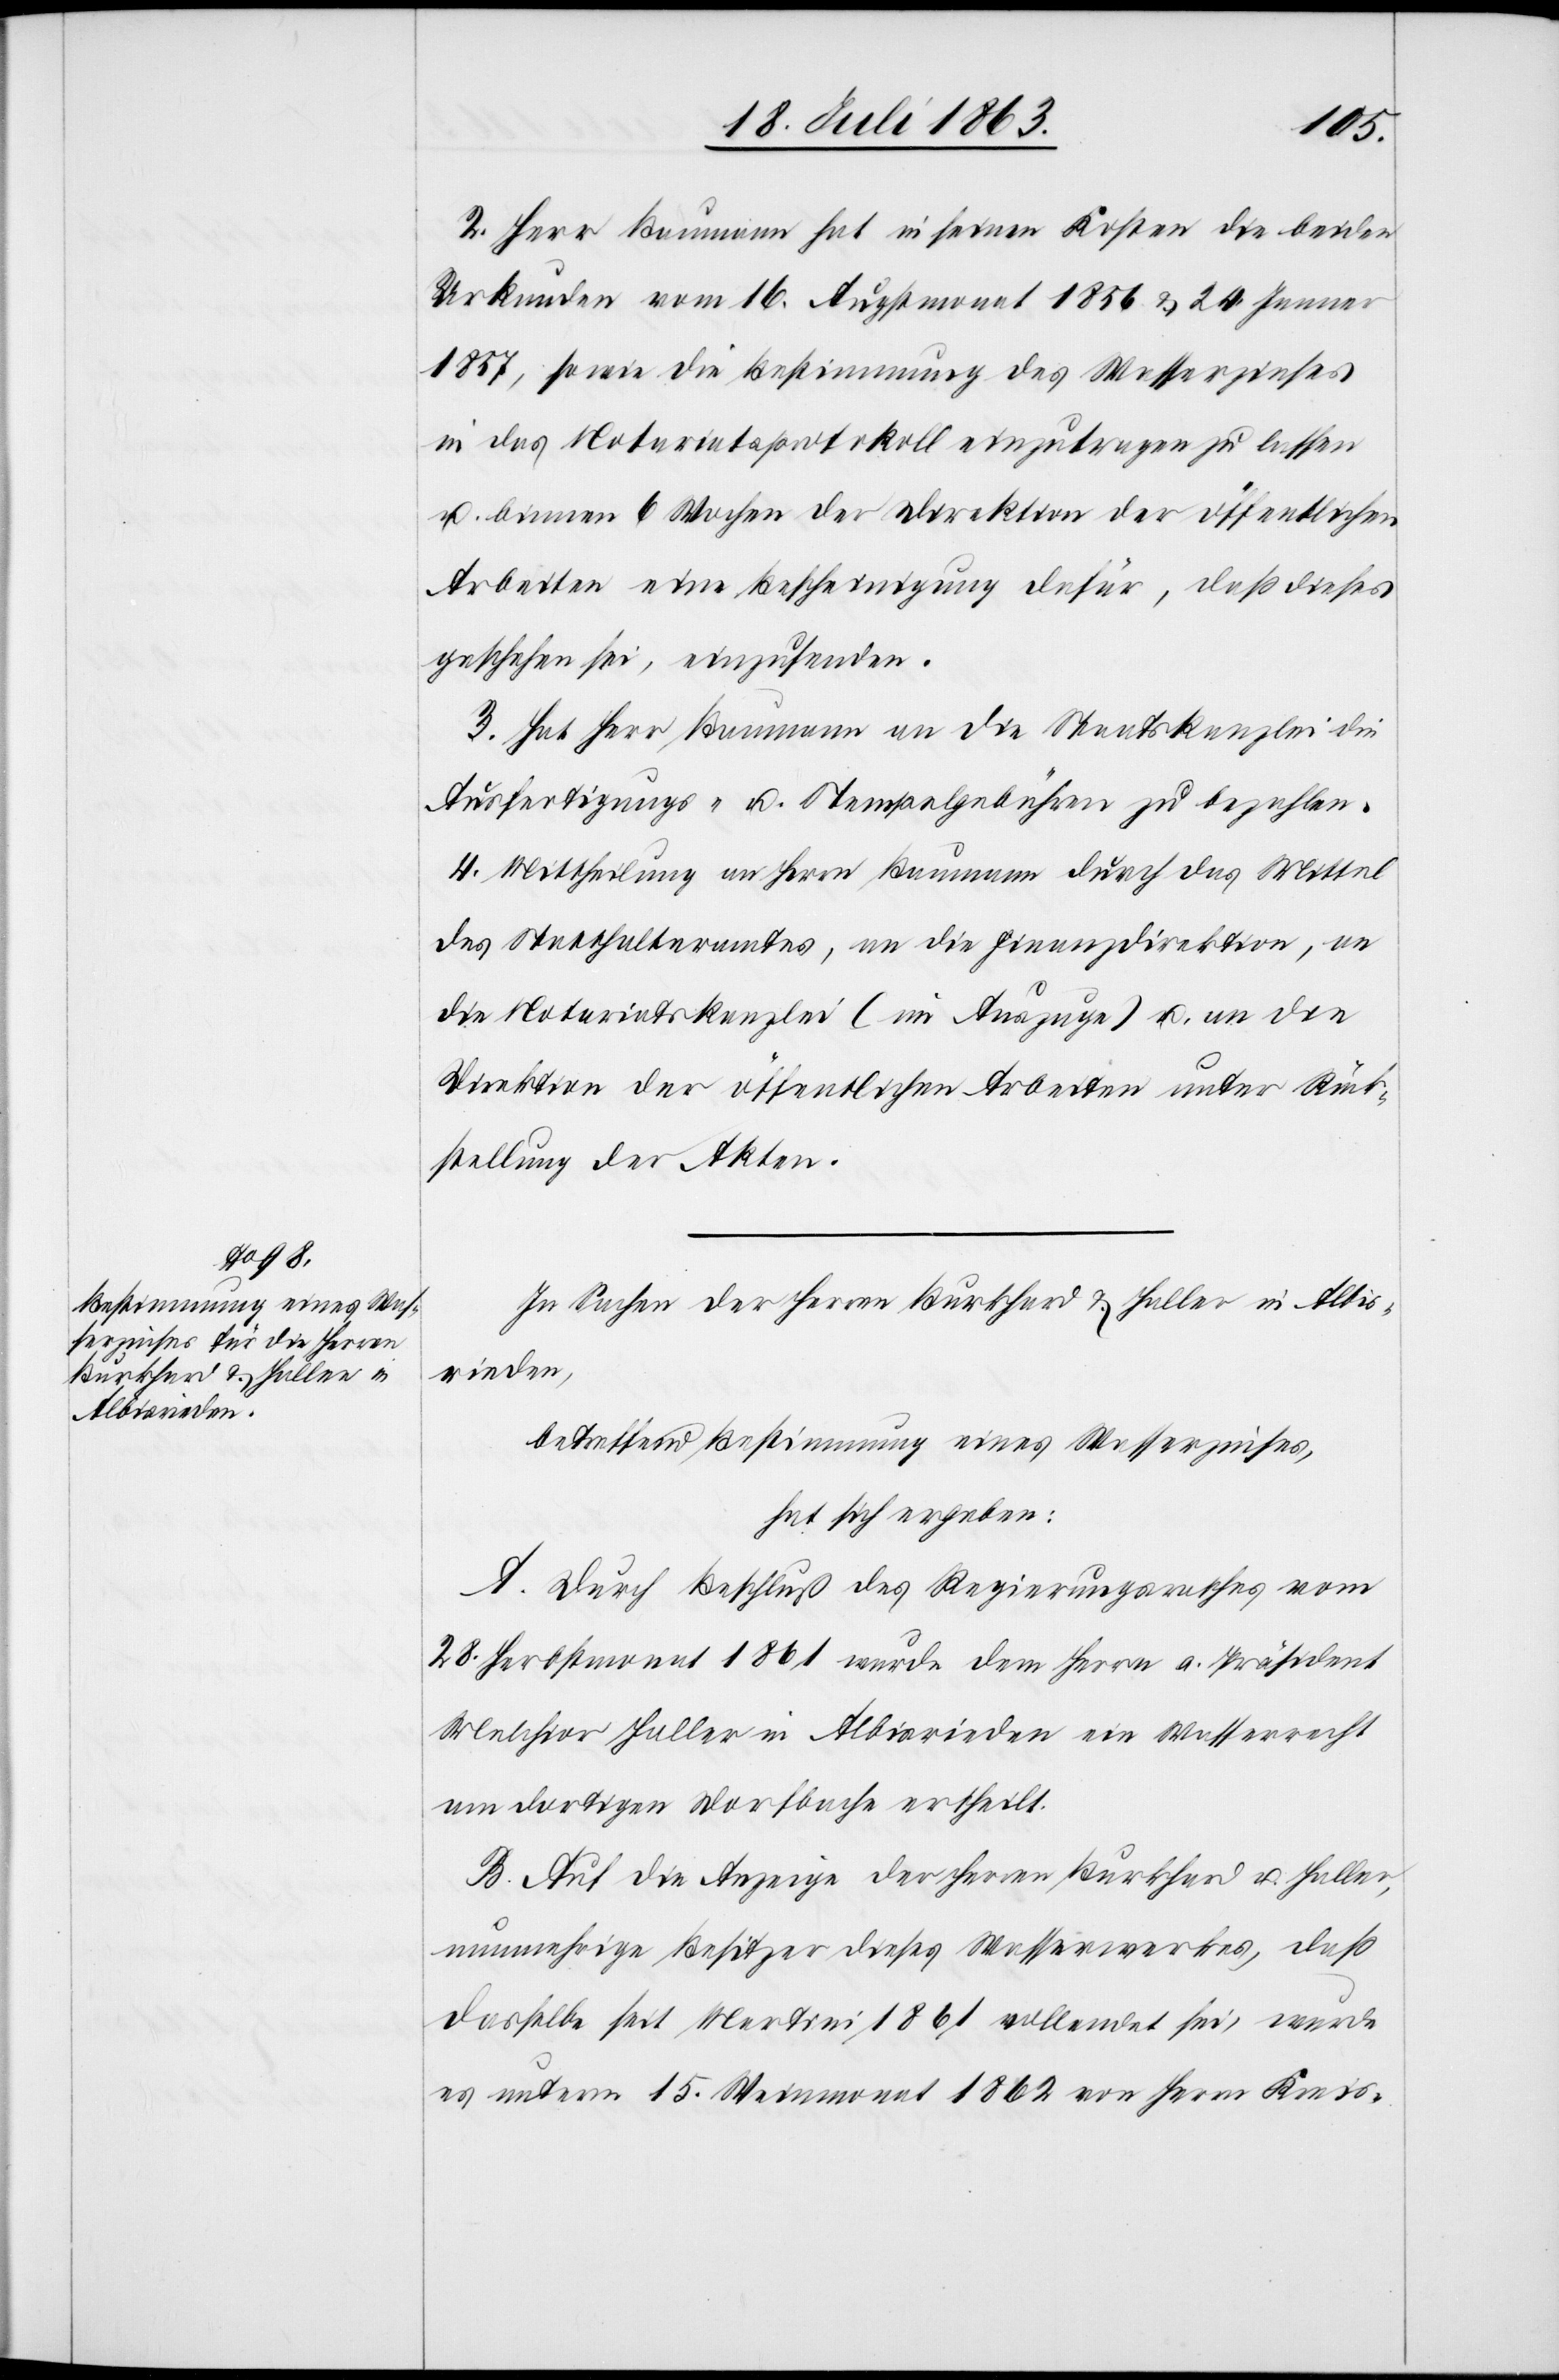
2. Herr Baumann hat in seinen Kosten die beiden
Urkunden vom 16. Augstmonat 1856 & 24. Jenner
1857, sowie die Bestimmung des Wasserzinses
in das Notariatsprotokoll einzutragen zu lassen
u. binnen 6 Wochen der Direktion der öffentlichen
Arbeiten eine Bescheinigung dafür, daß dieses
geschehen sei, einzusenden.
3. Hat Herr Baumann an die Staatskanzlei die
Ausfertigungs- u. Stempelgebühren zu bezahlen.
4. Mittheilung an Herrn Baumann durch das Mittel
des Statthalteramtes, an die Finanzdirektion, an
die Notariatskanzlei (im Auszuge) u. an die
Direktion der öffentlichen Arbeiten unter Rück¬
stellung der Akten.
In Sachen der Herren Burkhard & Haller in Albis¬
rieden,
betreffend Bestimmung eines Wasserzinses,
hat sich ergeben:
A. Durch Beschluß des Regierungsrathes vom
28. Herbstmonat 1861 wurde dem Herrn a. Präsident
Melchior Haller in Albisrieden ein Wasserrecht
am dortigen Dorfbache ertheilt.
B. Auf die Anzeige der Herren Burkhard u. Haller,
nunmehrige Besitzer dieses Wasserwerkes, daß
dasselbe seit Martini 1861 vollendet sei, wurde
es unterm 15. Weinmonat 1862 von Herrn Kreis-